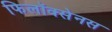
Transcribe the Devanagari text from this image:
फिलॉक्सेनस